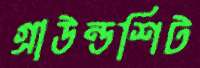
গ্রাউন্ডশিট